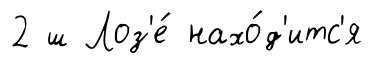
2 ш Лоз'е́ нахо́д'итс'я